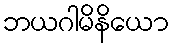
ဘယဂါမိနိယော